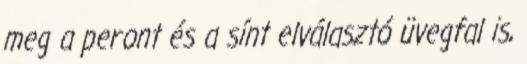
meg a peront és a sínt elválasztó üvegfal is,